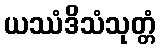
ယဿံဒိသံသုတ္တံ